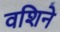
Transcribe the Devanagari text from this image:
वशिने